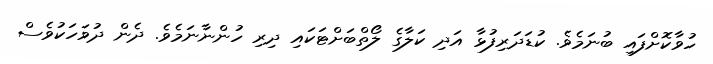
ހުވާކޮށްފައި ބުނަމެވެ. ކުޑަދަރިފުޅާ އަދި ކަލާގެ ލޯތްބަށްޓަކައި ދިރި ހުންނާނަމެވެ. ދެން ދުވަހަކުވެސް